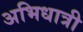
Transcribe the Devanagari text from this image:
अभिधात्री